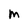
Character: M